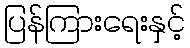
ပြန်ကြားရေးနှင့်